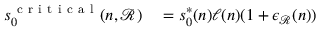
\begin{array} { r l } { s _ { 0 } ^ { \mathrm { ~ c ~ r ~ i ~ t ~ i ~ c ~ a ~ l ~ } } ( n , \mathcal { R } ) } & { { } = s _ { 0 } ^ { * } ( n ) \ell ( n ) ( 1 + \epsilon _ { \mathcal { R } } ( n ) ) } \end{array}